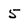
Character: 5